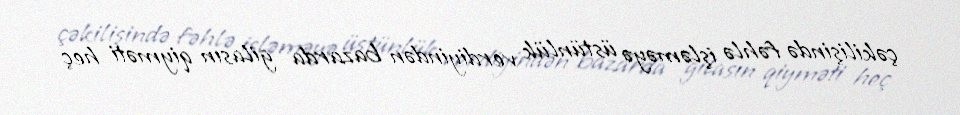
çəkilişində fəhlə işləməyə üstünlük verdiyindən bazarda gilasın qiyməti heç